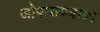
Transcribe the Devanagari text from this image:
जोपासण्याचा